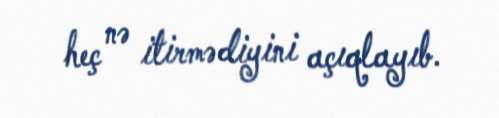
heç nə itirmədiyini açıqlayıb.